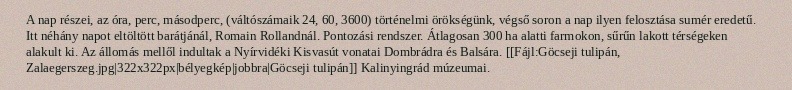
A nap részei, az óra, perc, másodperc, (váltószámaik 24, 60, 3600) történelmi örökségünk, végső soron a nap ilyen felosztása sumér eredetű. Itt néhány napot eltöltött barátjánál, Romain Rollandnál. Pontozási rendszer. Átlagosan 300 ha alatti farmokon, sűrűn lakott térségeken alakult ki. Az állomás mellől indultak a Nyírvidéki Kisvasút vonatai Dombrádra és Balsára. [[Fájl:Göcseji tulipán, Zalaegerszeg.jpg|322x322px|bélyegkép|jobbra|Göcseji tulipán]] Kalinyingrád múzeumai.